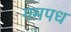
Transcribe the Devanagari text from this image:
गमपध